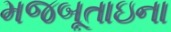
મજબૂતાઇના